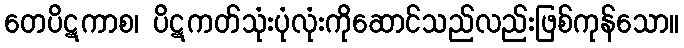
တေပိဋကာစ၊ ပိဋကတ်သုံးပုံလုံးကိုဆောင်သည်လည်းဖြစ်ကုန်သော။